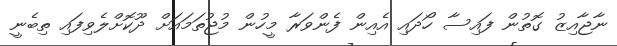
ނާޖާއިޒު ގޮތުން ފައިސާ ހޯދައި އެއިން ފެންވަރާ މީހުން މުޖުތަމައަށް ދޫކޮށްލެވިފައި ތިބެނީ